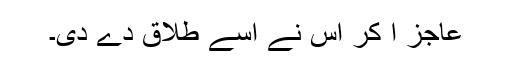
عاجز آ کر اس نے اسے طلاق دے دی۔